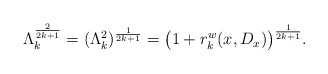
\begin{align*}\Lambda_k^{\frac{2}{2k+1}}=(\Lambda_k^2)^{\frac{1}{2k+1}}=\big(1+r_k^w(x,D_x)\big)^{\frac{1}{2k+1}}.\end{align*}